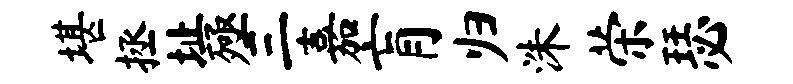
堪拯址殛三嘉肓归洙荣瑟